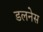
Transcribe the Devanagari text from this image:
डलनेस